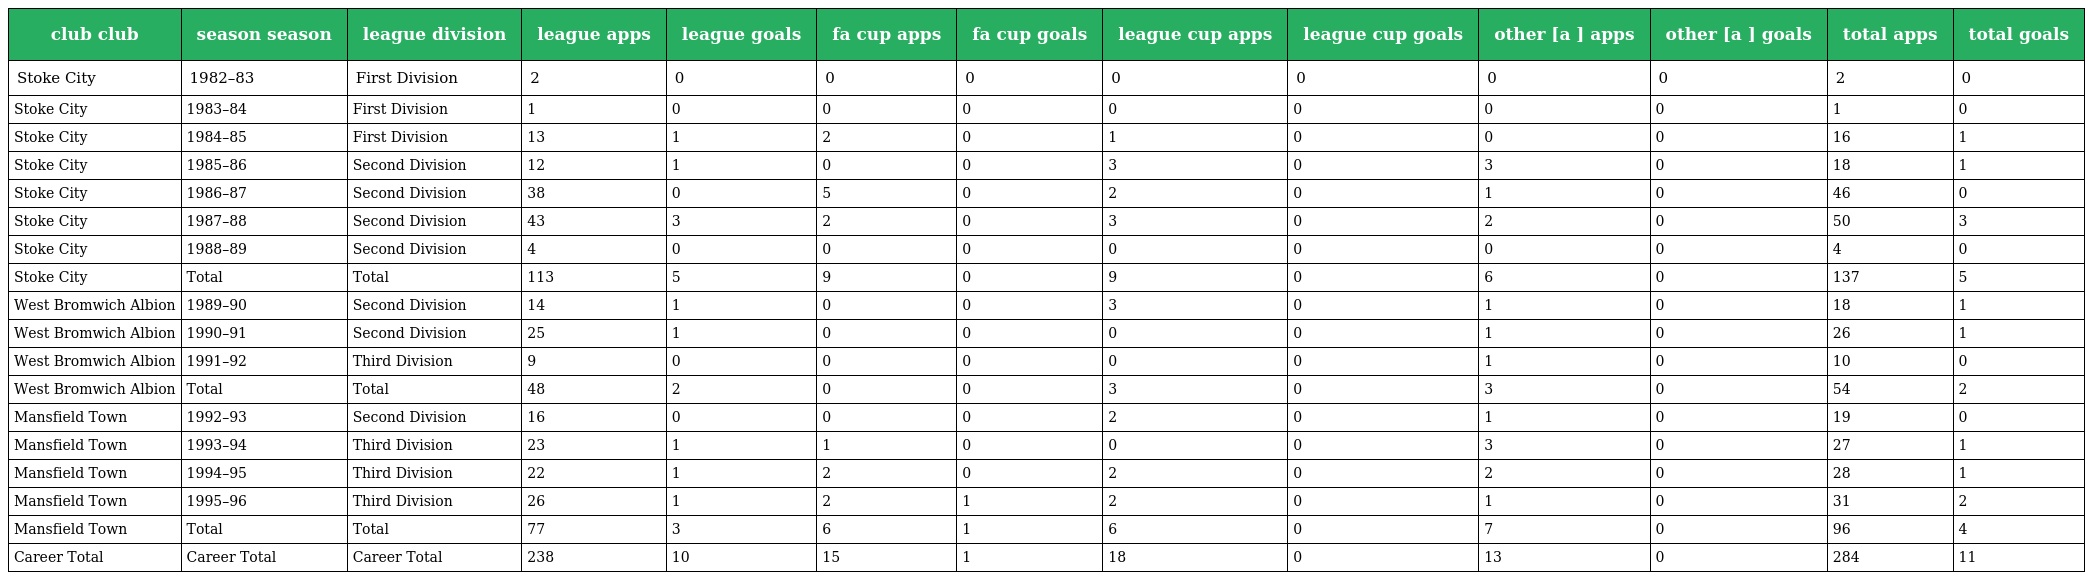
| club club | season season | league division | league apps | league goals | fa cup apps | fa cup goals | league cup apps | league cup goals | other [a ] apps | other [a ] goals | total apps | total goals |
 | --- | --- | --- | --- | --- | --- | --- | --- | --- | --- | --- | --- | --- |
 | Stoke City | 1982–83 | First Division | 2 | 0 | 0 | 0 | 0 | 0 | 0 | 0 | 2 | 0 |
 | Stoke City | 1983–84 | First Division | 1 | 0 | 0 | 0 | 0 | 0 | 0 | 0 | 1 | 0 |
 | Stoke City | 1984–85 | First Division | 13 | 1 | 2 | 0 | 1 | 0 | 0 | 0 | 16 | 1 |
 | Stoke City | 1985–86 | Second Division | 12 | 1 | 0 | 0 | 3 | 0 | 3 | 0 | 18 | 1 |
 | Stoke City | 1986–87 | Second Division | 38 | 0 | 5 | 0 | 2 | 0 | 1 | 0 | 46 | 0 |
 | Stoke City | 1987–88 | Second Division | 43 | 3 | 2 | 0 | 3 | 0 | 2 | 0 | 50 | 3 |
 | Stoke City | 1988–89 | Second Division | 4 | 0 | 0 | 0 | 0 | 0 | 0 | 0 | 4 | 0 |
 | Stoke City | Total | Total | 113 | 5 | 9 | 0 | 9 | 0 | 6 | 0 | 137 | 5 |
 | West Bromwich Albion | 1989–90 | Second Division | 14 | 1 | 0 | 0 | 3 | 0 | 1 | 0 | 18 | 1 |
 | West Bromwich Albion | 1990–91 | Second Division | 25 | 1 | 0 | 0 | 0 | 0 | 1 | 0 | 26 | 1 |
 | West Bromwich Albion | 1991–92 | Third Division | 9 | 0 | 0 | 0 | 0 | 0 | 1 | 0 | 10 | 0 |
 | West Bromwich Albion | Total | Total | 48 | 2 | 0 | 0 | 3 | 0 | 3 | 0 | 54 | 2 |
 | Mansfield Town | 1992–93 | Second Division | 16 | 0 | 0 | 0 | 2 | 0 | 1 | 0 | 19 | 0 |
 | Mansfield Town | 1993–94 | Third Division | 23 | 1 | 1 | 0 | 0 | 0 | 3 | 0 | 27 | 1 |
 | Mansfield Town | 1994–95 | Third Division | 22 | 1 | 2 | 0 | 2 | 0 | 2 | 0 | 28 | 1 |
 | Mansfield Town | 1995–96 | Third Division | 26 | 1 | 2 | 1 | 2 | 0 | 1 | 0 | 31 | 2 |
 | Mansfield Town | Total | Total | 77 | 3 | 6 | 1 | 6 | 0 | 7 | 0 | 96 | 4 |
 | Career Total | Career Total | Career Total | 238 | 10 | 15 | 1 | 18 | 0 | 13 | 0 | 284 | 11 |